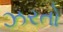
ઝરતો